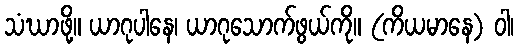
သံဃာဖို့။ ယာဂုပါနေ၊ ယာဂုသောက်ဖွယ်ကို။ (ကိယမာနေ) ဝါ၊